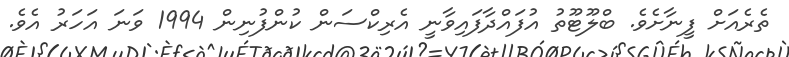
ތެރެއަށް ފީނާށެވެ. ބްލޫޓޫތު އުފައްދާފައިވާނީ އެރިކްސަން ކުންފުނިން 1994 ވަނަ އަހަރު އެވެ.